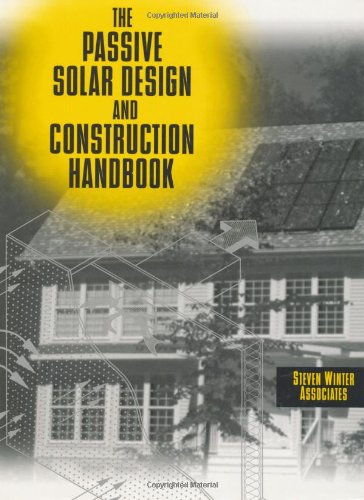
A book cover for The Passive Solar Design and Construction Handbook; Inc. Steven Winter Associates; Crafts, Hobbies & Home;